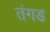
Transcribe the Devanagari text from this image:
तंगड